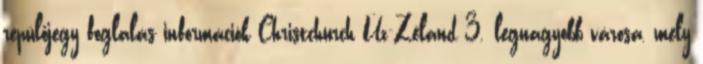
repülőjegy foglalás információk Christchurch Úz-Zéland 3. legnagyobb városa, mely